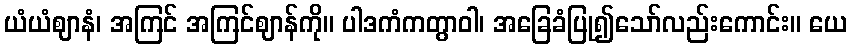
ယံယံဈာနံ၊ အကြင် အကြင်ဈာန်ကို။ ပါဒကံကတွာဝါ၊ အခြေခံပြု၍သော်လည်းကောင်း။ ယေ